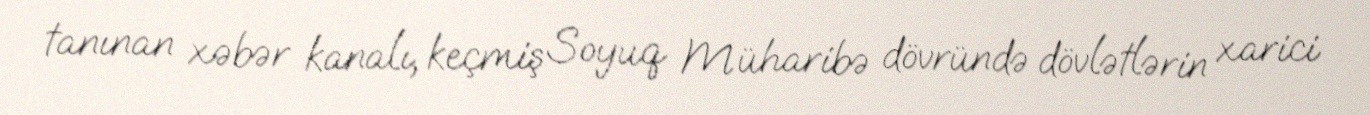
tanınan xəbər kanalı, keçmiş Soyuq Müharibə dövründə dövlətlərin xarici